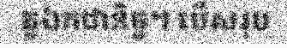
តួឯកជានិច្ច។ បើសរុប